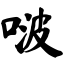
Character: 啵